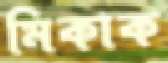
মিকাক